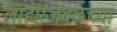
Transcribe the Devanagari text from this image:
लाहोरजवळच्या